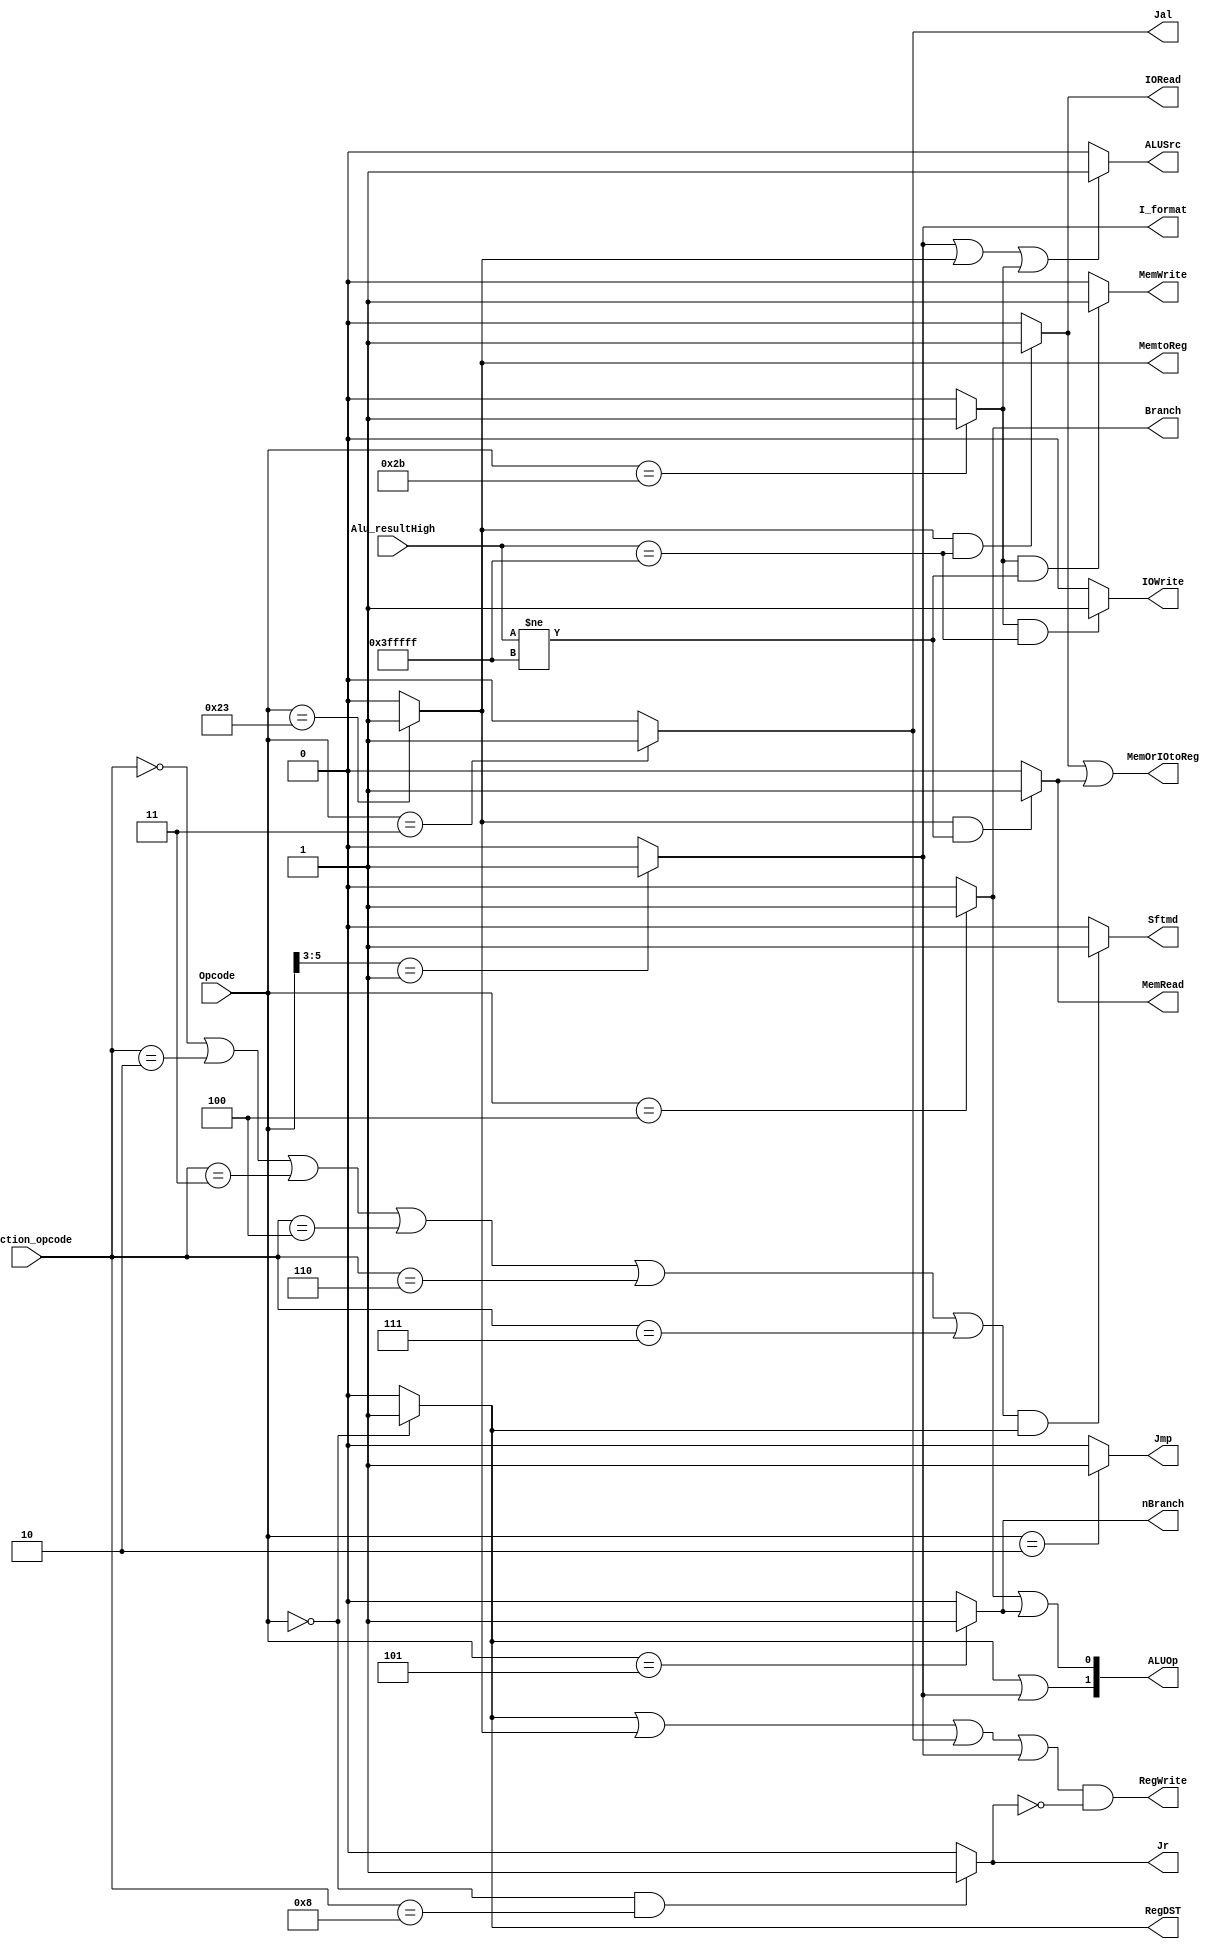
`timescale 1ns / 1ps
//////////////////////////////////////////////////////////////////////////////////
// Company: 
// Engineer: 
// 
// Design Name: 
// Module Name: control32
// Project Name: 
// Target Devices: 
// Tool Versions: 
// Description: 
// 
// Dependencies: 
// 
// Revision:
// Revision 0.01 - File Created
// Additional Comments:
// 
//////////////////////////////////////////////////////////////////////////////////


module control32(
    Opcode, Function_opcode, Jr, RegDST, ALUSrc, MemtoReg, RegWrite, MemWrite, 
    Branch, nBranch, Jmp, Jal, I_format, Sftmd, ALUOp,
    Alu_resultHigh, MemRead, IORead, IOWrite, MemOrIOtoReg
    );
    input[5:0] Opcode;              // instruction[31..26], Opcodecode
    input[5:0] Function_opcode;     // instructions[5..0], Function_opcode
    
    output Jr;                 // 1 indicates the instruction is "jr", otherwise it's not "jr" 
    output Jmp;                 // 1 indicate the instruction is "j", otherwise it's not
    output Jal;                 // 1 indicate the instruction is "jal", otherwise it's not
    output Branch;              // 1 indicate the instruction is "beq" , otherwise it's not
    output nBranch;             // 1 indicate the instruction is "bne", otherwise it's not
    output RegDST;              // 1 indicate destination register is "rd"(R),otherwise it's "rt"(I)
    output MemtoReg;            // 1 indicate read data from memory and write it into register
    output RegWrite;            // 1 indicate write register(R,I(lw)), otherwise it's not
    output MemWrite;            // 1 indicate write data memory, otherwise it's not
    output ALUSrc;              // 1 indicate the 2nd data is immidiate (except "beq","bne")
    output Sftmd;               // 1 indicate the instruction is shift instruction
    output I_format;            // 1 indicate the instruction is I-type but isn't "beq","bne","LW" or "SW" 
    output[1:0] ALUOp;          // if the instruction is R-type or I_format, ALUOpcode is 2'b10;
                                // if the instruction is"beq" or "bne", ALUOpcode is 2'b01
                                // if the instruction is"lw" or "sw", ALUOpcode is 2'b00
    
    // The real address of LW and SW is Alu_Result, the signal comes from the execution unit
    // From the execution unit Alu_Result[31..10], used to help determine whether to process Mem or I
    input[21:0] Alu_resultHigh; // From the execution unit Alu_Result[31..10]
    output MemOrIOtoReg;        // 1 indicates that data needs to be read from memory or I/O to the register
    output MemRead;             // 1 indicates that the instruction needs to read from the memory
    output IORead;              // 1 indicates I/O read
    output IOWrite;             // 1 indicates I/O write
    
    
    wire R_format, Lw, Sw;
    assign R_format = (Opcode == 6'b000000) ? 1'b1 : 1'b0;
    assign I_format = (Opcode[5:3] == 3'b001) ? 1'b1 : 1'b0;
    assign Lw = (Opcode == 6'b100011) ? 1'b1 : 1'b0;
    assign Sw = (Opcode == 6'b101011) ? 1'b1 : 1'b0;
                         
    assign RegDST = R_format;
    
    assign Jr = ((Opcode == 6'b000000) && (Function_opcode == 6'b001000)) ? 1'b1 : 1'b0;
    assign Jmp = (Opcode==6'b000010) ? 1'b1 : 1'b0;
    assign Jal = (Opcode==6'b000011) ? 1'b1 : 1'b0;
    assign Branch = (Opcode==6'b000100) ? 1'b1 : 1'b0;
    assign nBranch = (Opcode==6'b000101) ? 1'b1 : 1'b0;
    assign ALUSrc = (I_format || Lw || Sw) ? 1'b1 : 1'b0;
    assign ALUOp = {(R_format || I_format),(Branch || nBranch)};
    
    assign Sftmd = (((Function_opcode == 6'b000000) || (Function_opcode == 6'b000010) 
                ||(Function_opcode == 6'b000011) || (Function_opcode == 6'b000100) 
                ||(Function_opcode == 6'b000110) || (Function_opcode == 6'b000111)) 
                && R_format)? 1'b1:1'b0;

    
    assign MemtoReg = Lw;
//    assign MemWrite = Sw;
    assign RegWrite = ((R_format || Lw || Jal || I_format) && !(Jr));
    
    assign MemWrite = (Sw && (Alu_resultHigh[21:0] != 22'h3FFFFF)) ? 1'b1 : 1'b0;   // Write memory
    assign MemRead = (Lw && (Alu_resultHigh[21:0] != 22'h3FFFFF)) ? 1'b1 : 1'b0;    // Read memory
    assign IORead = (Lw && (Alu_resultHigh[21:0] == 22'h3FFFFF)) ? 1'b1 : 1'b0;     // Read input port
    assign IOWrite = (Sw && (Alu_resultHigh[21:0] == 22'h3FFFFF)) ? 1'b1: 1'b0;     // Write output port
    
    // Read Opcodeerations require reading data from memory or I/O to write to the register
    assign MemOrIOtoReg = (IORead || MemRead);
endmodule